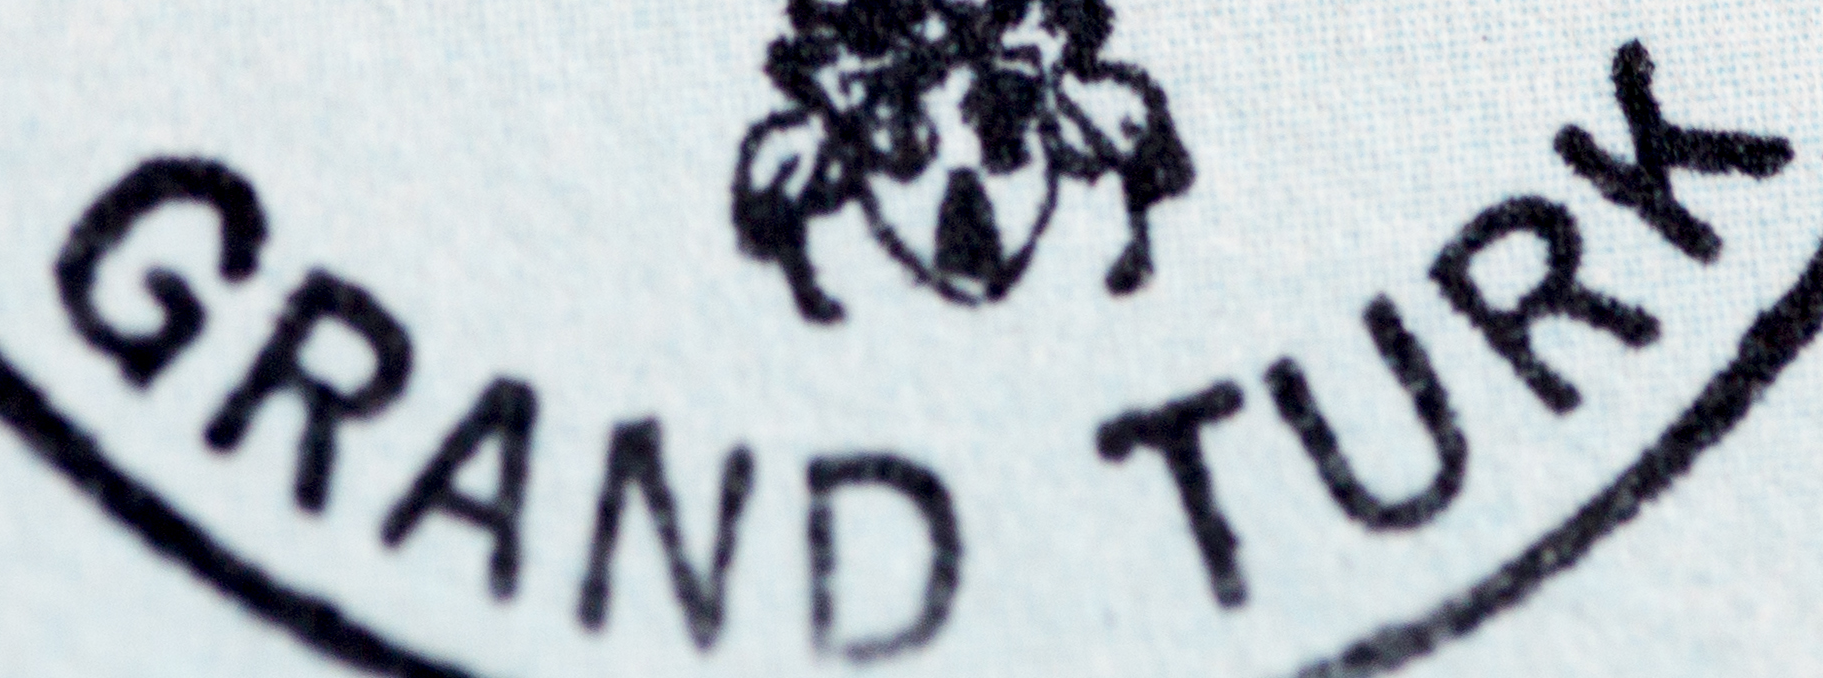
GRAND TURK